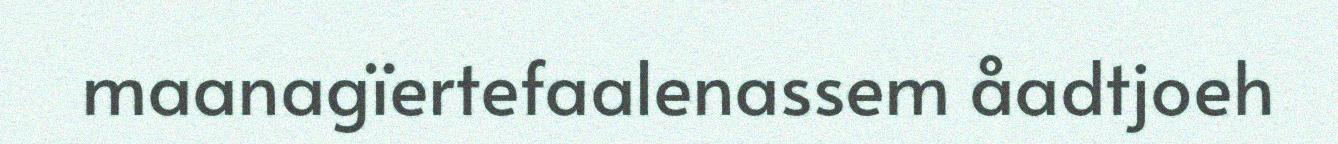
maanagïertefaalenassem åadtjoeh